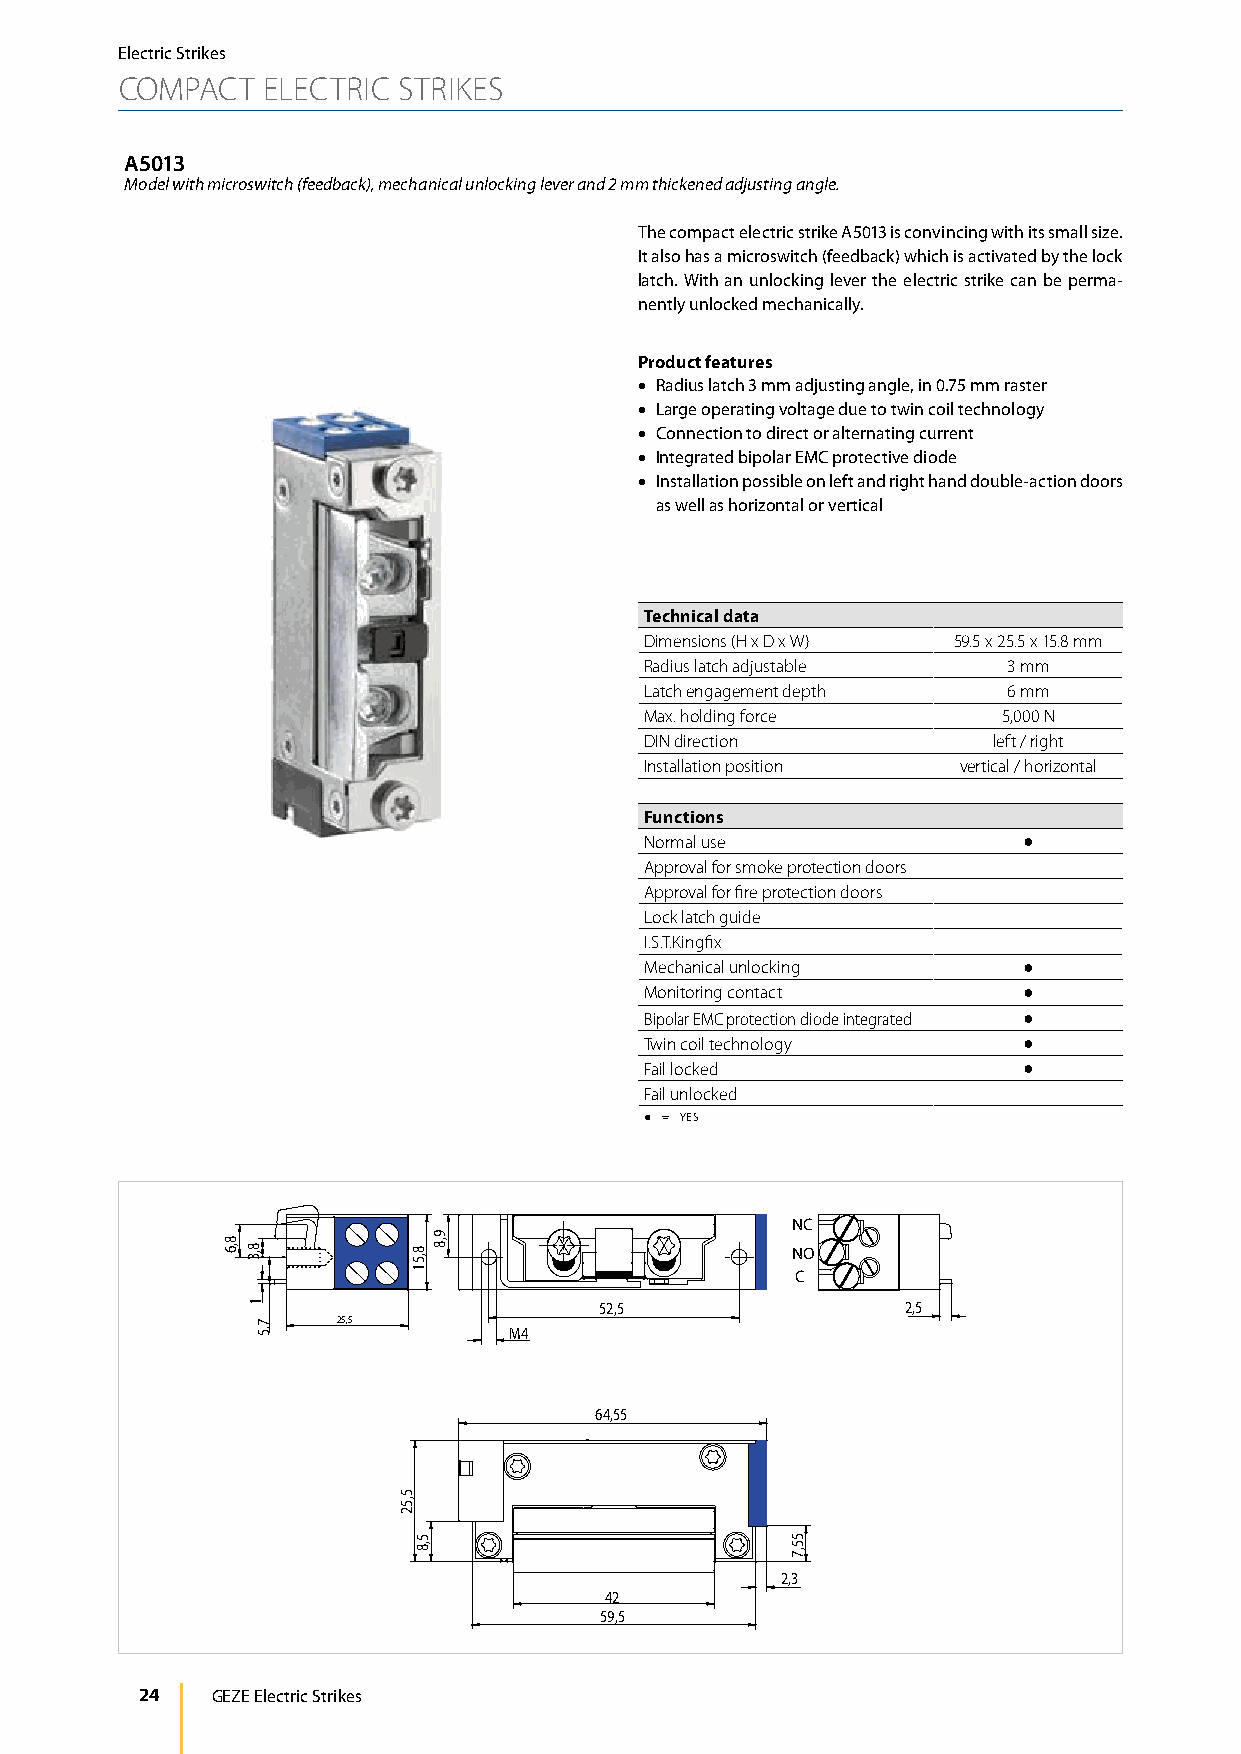
Electric Strikes
 COMPACT  ELECTRIC STRIKES
 A5013
 Model with microswitch (feedback), mechanical unlocking lever and 2 mm thickened adjusting angle.
 The compact electric strike A5013 is convincing with its small size.
 It also has a microswitch (feedback) which is activated by the lock
 latch. With an unlocking lever the electric strike can be perma-
 nently unlocked mechanically.
 Product features
 • Radius latch 3 mm adjusting angle, in 0.75 mm raster
 • Large operating voltage due to twin coil technology
 • Connection to direct or alternating current
 • Integrated bipolar EMC protective diode
 • Installation possible on left and right hand double-action doors
 as well as horizontal or vertical
 Technical data
 Dimensions (H x D x W) 59.5 x 25.5 x 15.8 mm
 Radius latch adjustable 3 mm
 Latch engagement depth  6 mm
 Max. holding force     5,000 N
 DIN direction          left / right
 Installation position vertical / horizontal
 Functions
 Normal use               ●
 Approval for smoke protection doors
 Approval for fire protection doors
 Lock latch guide
 I.S.T.Kingfix
 Mechanical unlocking     ●
 Monitoring contact       ●
 Bipolar EMC protection diode integrated ●
 Twin coil technology     ●
 Fail locked              ●
 Fail unlocked
 ● = YES
 NC
 NO
 C
 52,5                2,5
 25,5
 M4
 64,55
 2,3
 42
 59,5
 24   GEZE Electric Strikes
 8,6
 8,3
 1
 7.5
 5,52
 8,51
 5,8
 9,8
 55,7